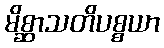
မိစ္ဆာသတိပစ္စယာ